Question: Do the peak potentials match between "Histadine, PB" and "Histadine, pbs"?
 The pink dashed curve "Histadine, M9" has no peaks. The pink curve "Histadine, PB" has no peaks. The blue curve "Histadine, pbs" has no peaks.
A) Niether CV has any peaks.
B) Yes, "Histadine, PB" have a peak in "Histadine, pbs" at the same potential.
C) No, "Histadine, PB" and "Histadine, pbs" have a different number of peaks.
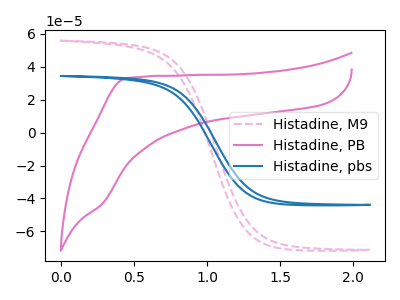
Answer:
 <answer>A) Niether CV has any peaks.</answer>
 <eval>A</eval>